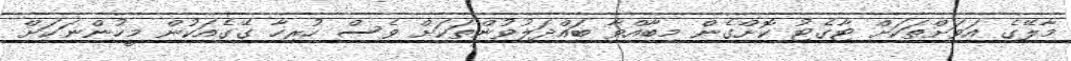
މާލޭގެ އަވަށްތަަކަށް ޓާގެޓު ކޮށްގެން މިބާއްވާ ބައްދަލުވުންތަކަށް ވެސް ހުރިހާ ގޭގެއަކުން މީހުންނަކަށް